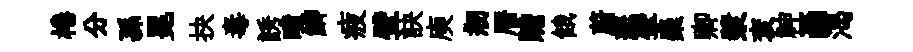
棬分孫冕抉毒誘曈鯽疲壁訣庾剏暦贍餓蔚悲擘麋卿漿袞神画渴